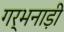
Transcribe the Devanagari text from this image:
गर्भनाड़ी